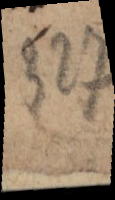
327